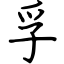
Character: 孚